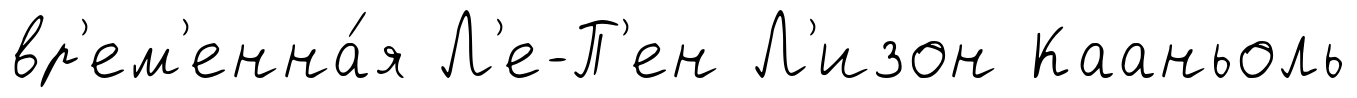
вр'ем'енна́я Л'е-П'ен Л'изон Кааньоль